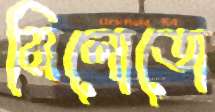
মিলোতো